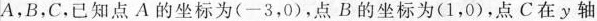
A，B，C，已知点A的坐标为(-3，0)，点B的坐标为(1，0)，点C在y轴